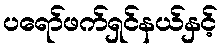
ပရော်ဖက်ရှင်နယ်နှင့်